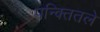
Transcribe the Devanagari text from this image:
पन्क्तितले